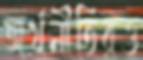
অর্থনীতিরও